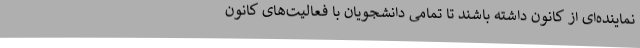
نماینده‌ای از کانون داشته باشند تا تمامی دانشجویان با فعالیت‌های کانون